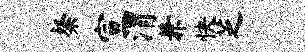
粲宣渭兼快芝